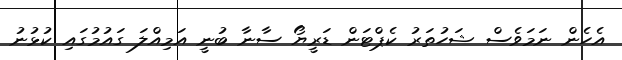
އެހެން ނަމަވެސް ޝަހުތަރު ކެޕްޓަން ޑަރީޔޯ ސާނާ ބުނީ އަމިއްލަ ގައުމުގައި ކުޅުނު